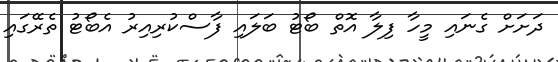
ދަށަށް ގެނައި މީހާ ފިލާ އޮތް ބޯޓު ބަލައި ފާސްކުރިއިރު އެބޯޓު ތެރޭގައި